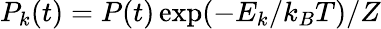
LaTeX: P_{k}(t)=P(t)\exp(-E_{k}/k_{B}T)/Z